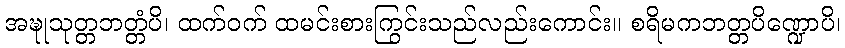
အဍ္ဎုသုတ္တဘတ္တံပိ၊ ထက်ဝက် ထမင်းစားကြွင်းသည်လည်းကောင်း။ စရိမကဘတ္တပိဏ္ဍောပိ၊